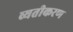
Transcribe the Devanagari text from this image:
व्यतीकरण